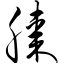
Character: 膝